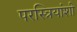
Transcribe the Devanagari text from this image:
परस्त्रियांशी